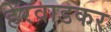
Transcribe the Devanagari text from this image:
हेरवाडकर